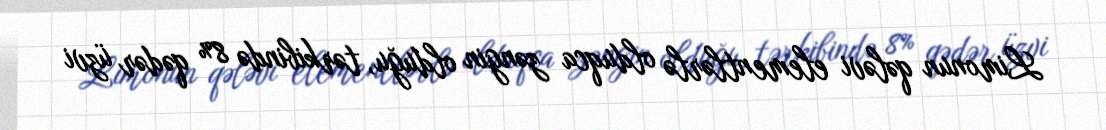
Limonun qələvi elementlərlə olduqca zəngin olduğu, tərkibində 8% qədər üzvi